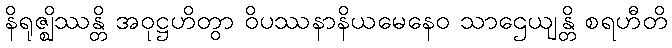
နိရုဇ္ဈိဿန္တိ အဝုဋ္ဌဟိတွာ ဝိပဿနာနိယမေနေဝ သာဌေယျန္တိ စရဟီတိ